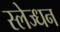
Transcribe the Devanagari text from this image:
स्लेज्धन